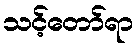
သင့်တော်ရာ